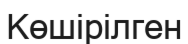
Көшірілген